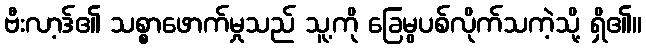
ဗီးလာ့ဒ်၏ သစ္စာဖောက်မှုသည် သူ့ကို ခြေမွပစ်လိုက်သကဲ့သို့ ရှိ၏။